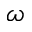
\omega